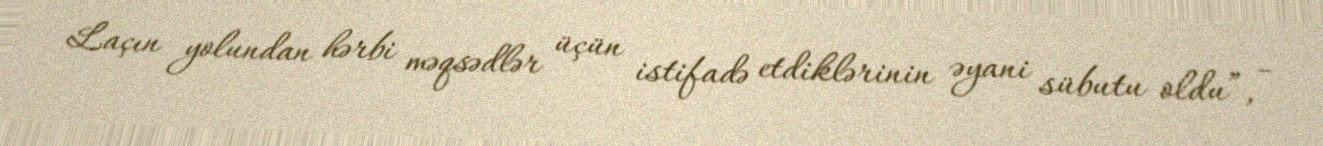
Laçın yolundan hərbi məqsədlər üçün istifadə etdiklərinin əyani sübutu oldu”, -